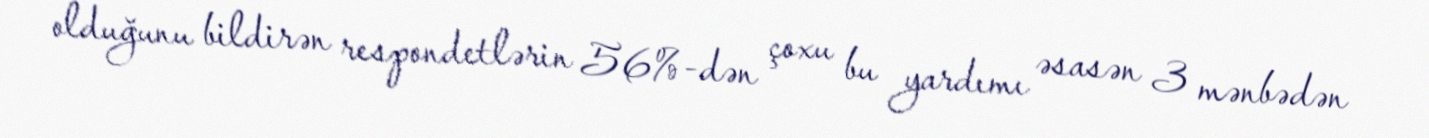
olduğunu bildirən respondetlərin 56%-dən çoxu bu yardımı əsasən 3 mənbədən